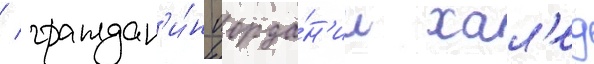
/ граждан'и́н иорда́н'ии хал'ед